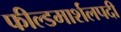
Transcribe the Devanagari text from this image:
फील्डमार्शलपदी